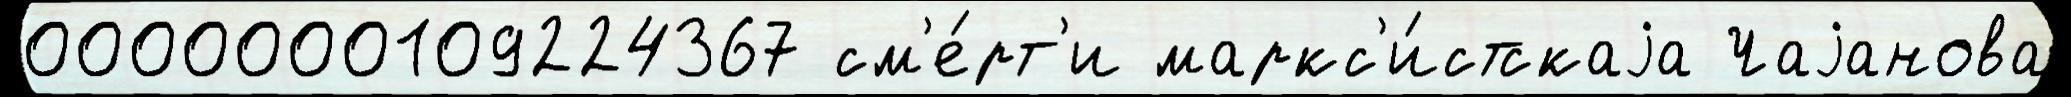
0000000109224367 см'е́рт'и маркс'и́стскаjа Чаjанова